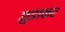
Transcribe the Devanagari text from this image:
छुडाकर